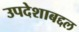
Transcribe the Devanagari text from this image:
उपदेशाबद्दल